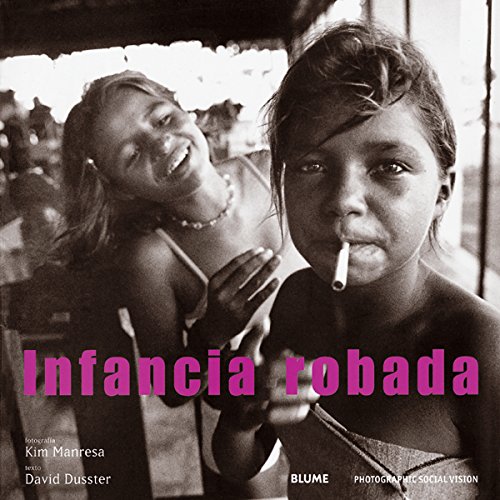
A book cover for Infancia robada (Spanish Edition); David Dusster; Arts & Photography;